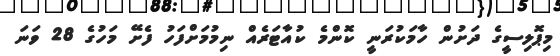
މިޕޮލިސީގެ ދަށުން ހާމަކުރަނީ ކޮންމެ ކުއާޓަރެއް ނިމުމަށްފަހު ފެށޭ މަހުގެ 28 ވަނަ